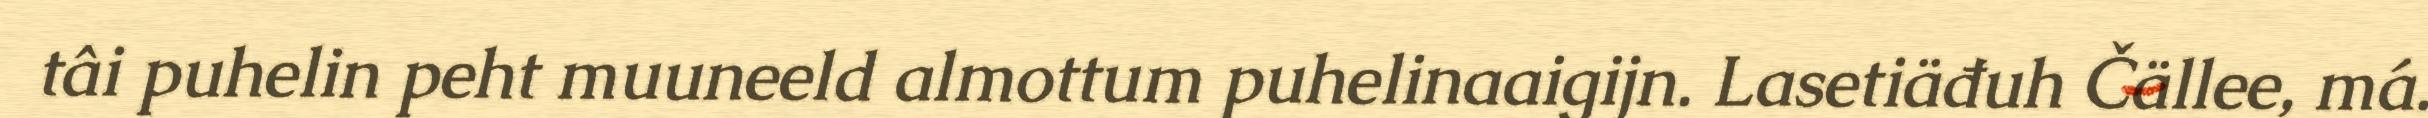
tâi puhelin peht muuneeld almottum puhelinaaigijn. Lasetiäđuh Čällee, má.